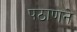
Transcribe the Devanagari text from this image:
पठाणने